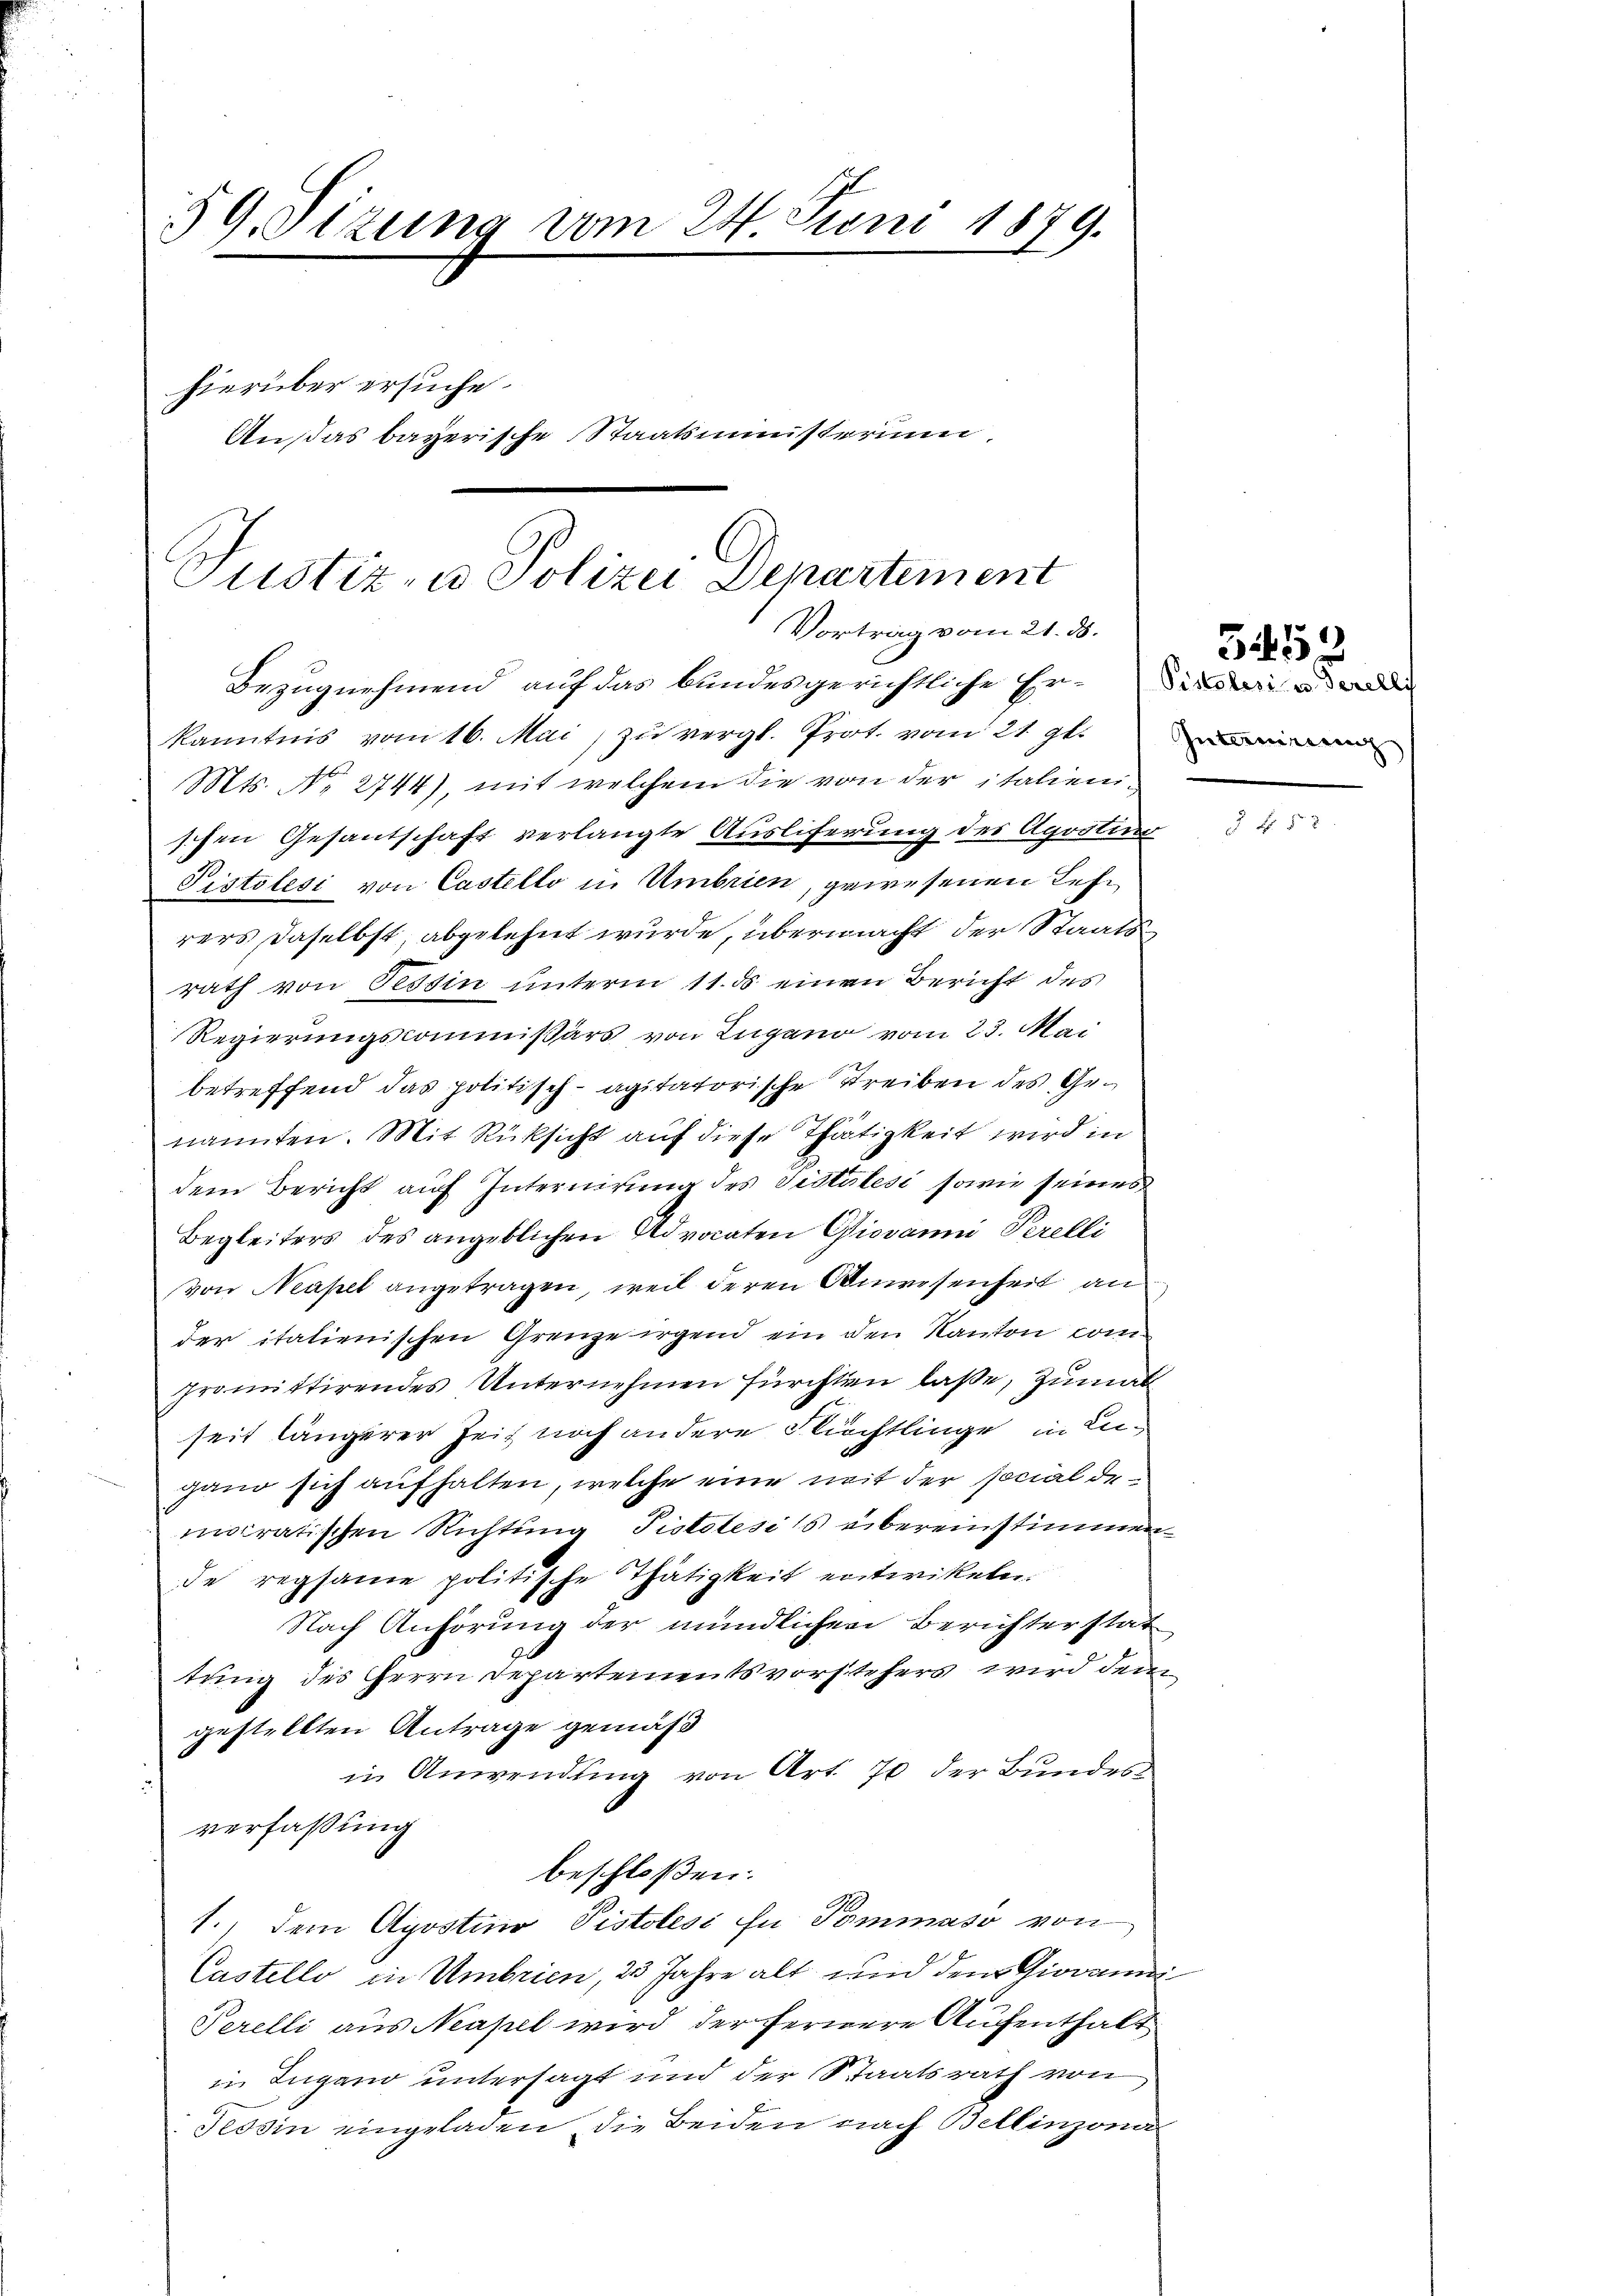
59. Sizung vom 24. Juni 1879.
.
hierüber ersuche.
Ausas bayerische Staatsministerium,

Justiz- u. Polizei Departement
Vortrag vom 21. ds.
Bezugnehmend auf das bundesgerichtliche Er-Disse de

kanntnis vom 16. Mai, zu vergl. Prot. vom 21. gl.
Mts. No. 2744), mit welchem die von der italienischen Gesantschaft verlangte Ausliferung des Agostins
Pistolesi von Castello in Umbrien, gewesenen Lehrers daselbst, abgelehnt wurde, übermacht der Staatsrath von Tessin unterm 11. ds. einen Bericht des
Regierungscommißärs von Zugano vom 23. Mai
betreffend das politisch-agitatorische Streiben des Genannten. Mit Rücksicht auf diese Thätigkeit wird in
dem Bericht auf Internirung des Sistilesi sowie seines
Begleiters des angeblichen Advocaten Giovanni Perelli
von Neapel angetragen, weil deren Anwesenheit an
der italienischen Grenze irgend ein den Kanton com
promittirendes Unternehmen fürchten laße, zumal
seit längerer Zeit noch andere Flüchtlinge in Ingano sich aufhalten, welche eine mit der social demaratischen Richtung Pistolesis übereinstimmen.
de regsame politische Thätigkeit entwikeln.
Nach Anhörung der mündlichen Berichter stat
tung des Herrn Departementsvorstehers wird dem
gestellten Antrage gemäß
in Anwendung von Art. 70 der Bundes
verfassung
beschloßen:
1., dem Apostino Pistolesi in Pommaso von
Castello in Umbrien, 23 Jahre alt und dem Giovanni¬
Perelli aus Neapel wird der fernere Aufenthalt
in Lugano untersagt und der Staatsrath von
Tessin eingeladen, die Beiden nach Bellinzona

Interminerung

3452